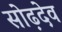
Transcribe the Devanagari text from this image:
सोढ़देव